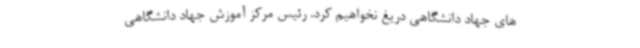
های جهاد دانشگاهی دریغ نخواهیم کرد. رئیس مرکز آموزش جهاد دانشگاهی